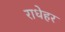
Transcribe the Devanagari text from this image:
राधेहर